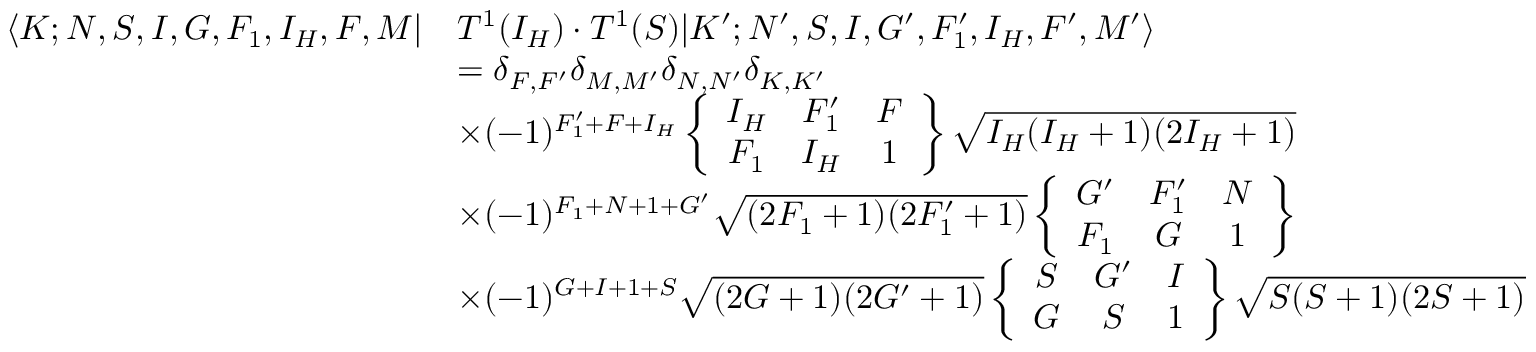
\begin{array} { r l } { \langle K ; N , S , I , G , F _ { 1 } , I _ { H } , F , M | } & { T ^ { 1 } ( I _ { H } ) \cdot T ^ { 1 } ( S ) | K ^ { \prime } ; N ^ { \prime } , S , I , G ^ { \prime } , F _ { 1 } ^ { \prime } , I _ { H } , F ^ { \prime } , M ^ { \prime } \rangle } \\ & { = \delta _ { F , F ^ { \prime } } \delta _ { M , M ^ { \prime } } \delta _ { N , N ^ { \prime } } \delta _ { K , K ^ { \prime } } } \\ & { \times ( - 1 ) ^ { F _ { 1 } ^ { \prime } + F + I _ { H } } \left\{ \begin{array} { c c c } { I _ { H } } & { F _ { 1 } ^ { \prime } } & { F } \\ { F _ { 1 } } & { I _ { H } } & { 1 } \end{array} \right\} \sqrt { I _ { H } ( I _ { H } + 1 ) ( 2 I _ { H } + 1 ) } } \\ & { \times ( - 1 ) ^ { F _ { 1 } + N + 1 + G ^ { \prime } } \sqrt { ( 2 F _ { 1 } + 1 ) ( 2 F _ { 1 } ^ { \prime } + 1 ) } \left\{ \begin{array} { c c c } { G ^ { \prime } } & { F _ { 1 } ^ { \prime } } & { N } \\ { F _ { 1 } } & { G } & { 1 } \end{array} \right\} } \\ & { \times ( - 1 ) ^ { G + I + 1 + S } \sqrt { ( 2 G + 1 ) ( 2 G ^ { \prime } + 1 ) } \left\{ \begin{array} { c c c } { S } & { G ^ { \prime } } & { I } \\ { G } & { S } & { 1 } \end{array} \right\} \sqrt { S ( S + 1 ) ( 2 S + 1 ) } } \end{array}